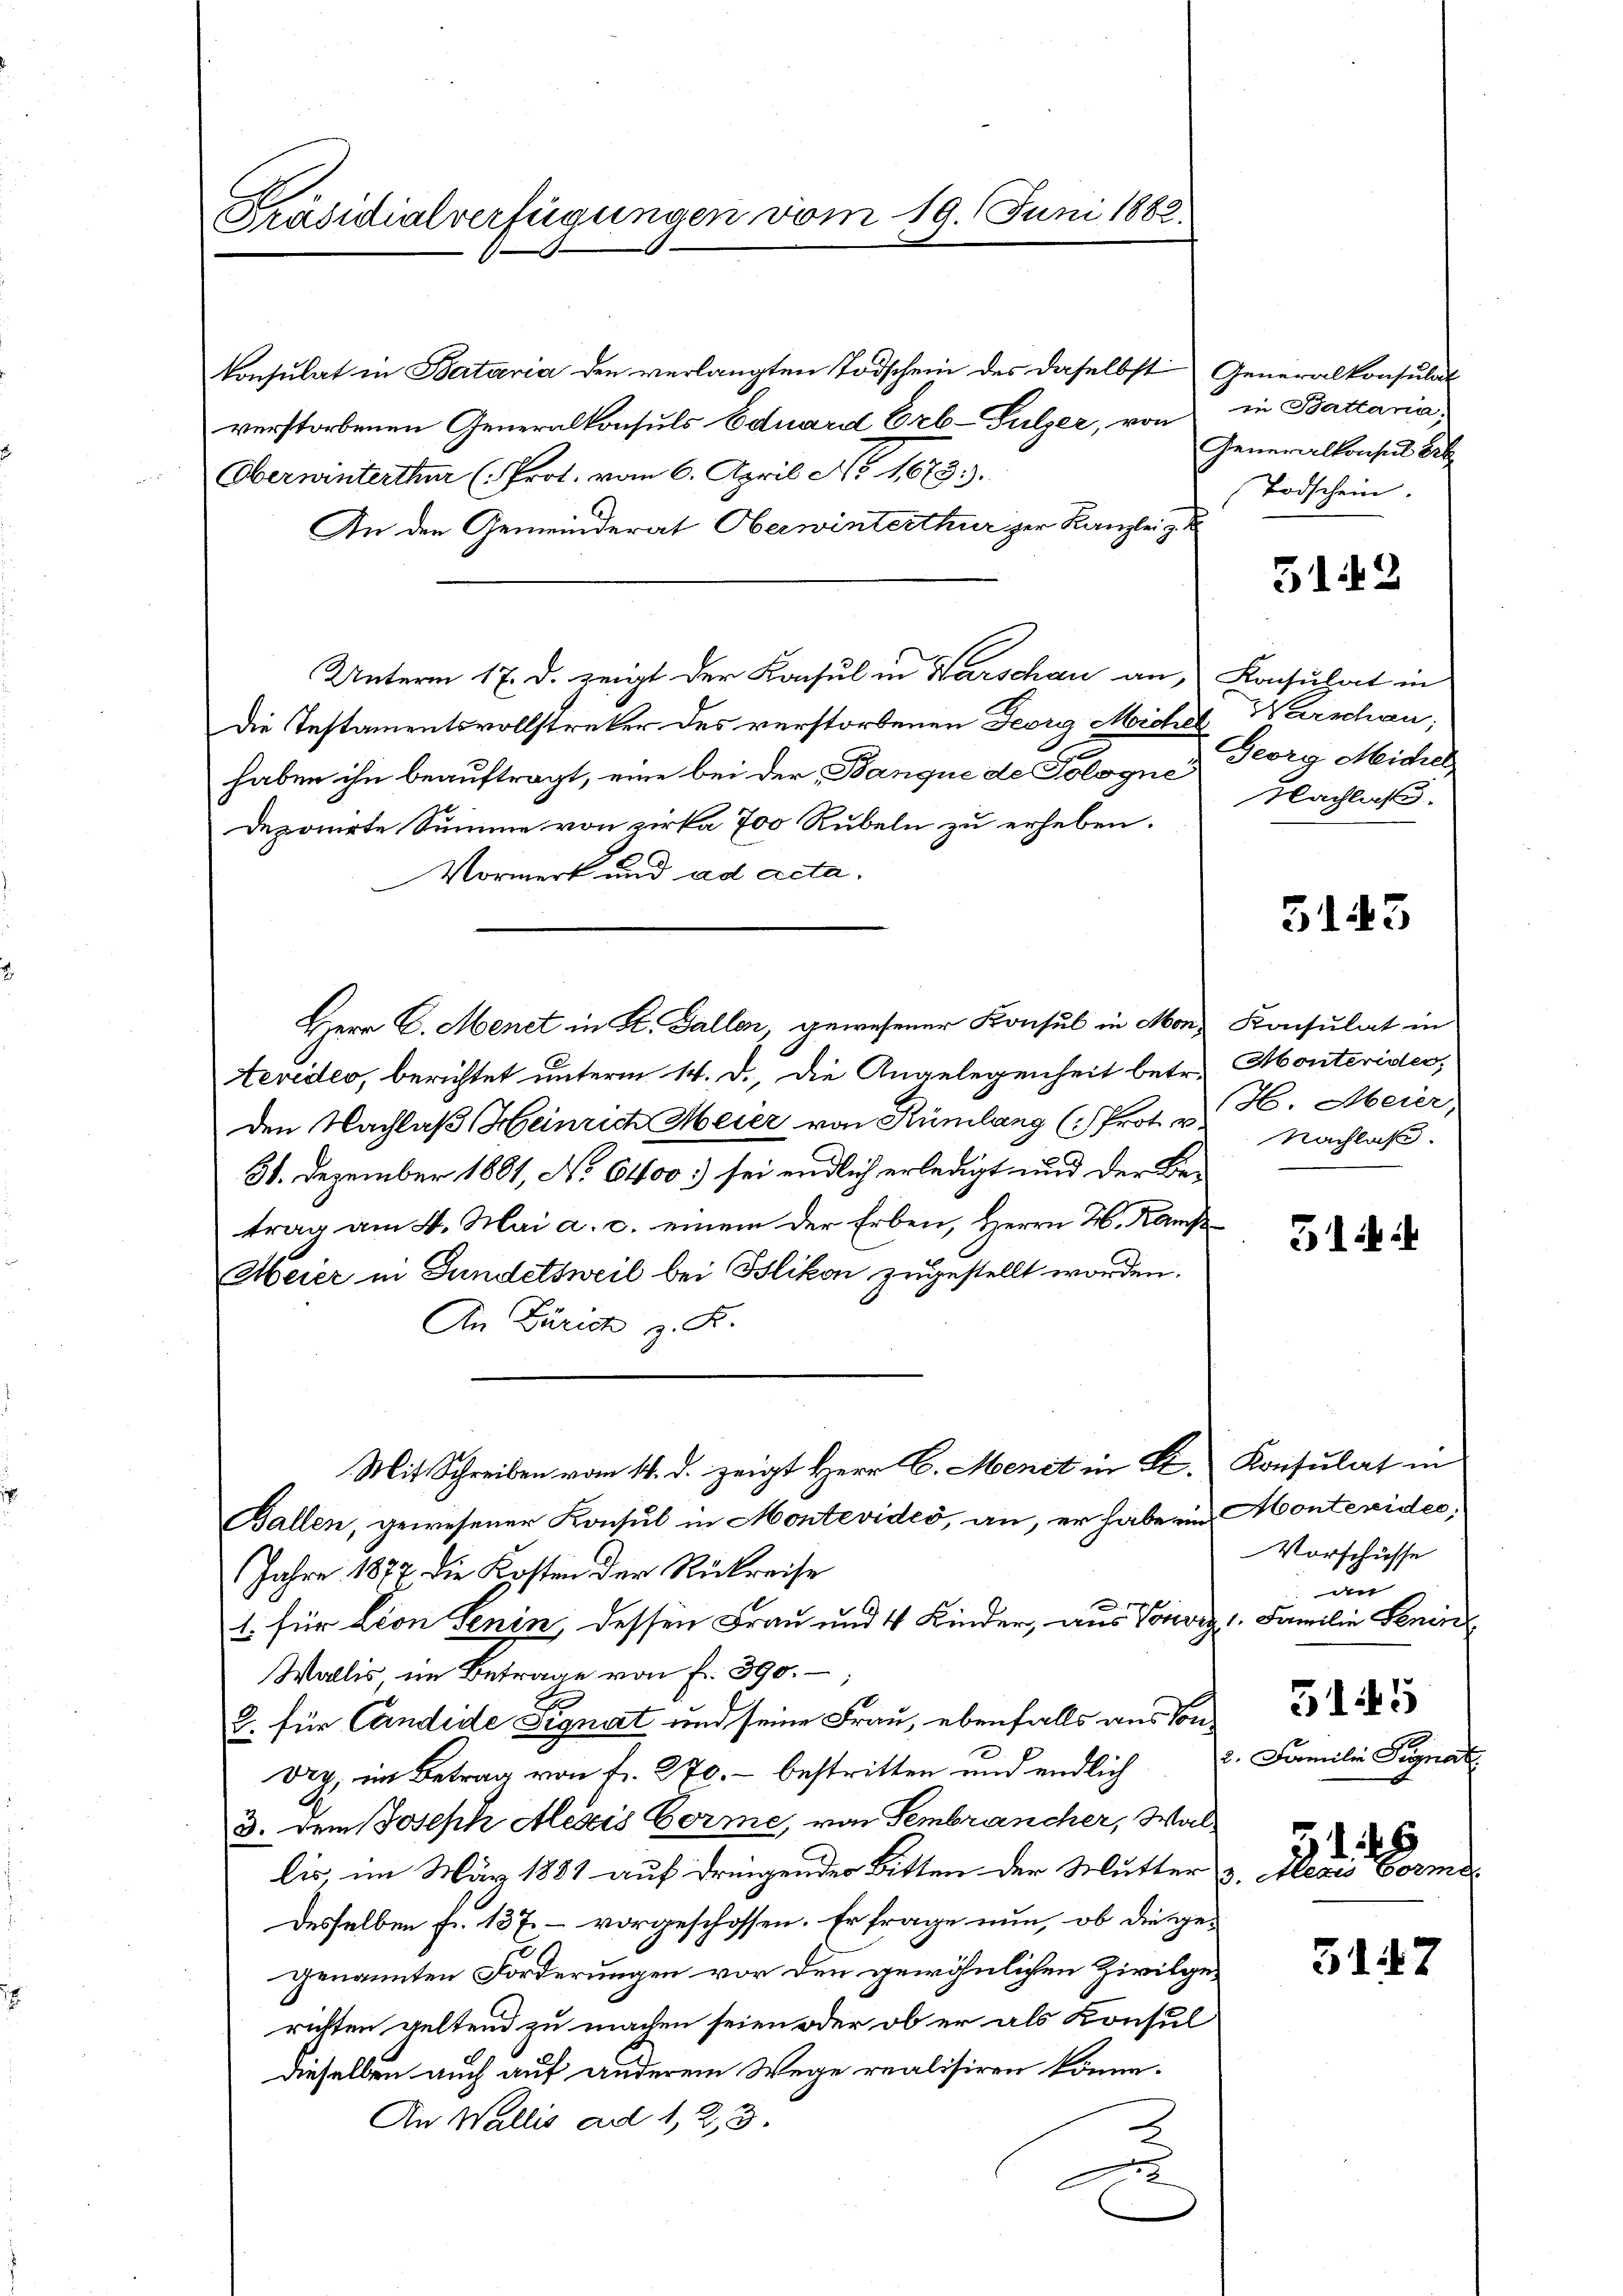
Präsidialverfügungen vom 19. Juni 1883

konsulat in Bataria den verlangten Todschein des daselbst
verstorbenen Generalkonsuls Eduard Erb-Sulzer, von
Oberwinterthur (Prot. vom 6. April No 1,673.
An den Gemeinderat Oberwinterthur zur Kanzlei z
Die Instamentsvollstreker des verstorbenen Georg Michel Warschau,
haben ihn beauftragt, eine bei der Banque de Pologne
Deponirte Summe von zirka 700 Rubeln zu erheben.
Vormerk und ad acta.
Herr C. Menet in St. Gallen, gewesener Konsul in Mor¬
Teredes, berichtet unterm 14. d., die Angelegenheit betr. Monterider,
den Nachlaß Heinrich Meier von Rümlang (: Prot. v.
31. Dezember 1881, No 6400) sei endlich erledigt und der Betrag am 4. Mai a. c. einem der Erben, Herrn H. Kamp
Meier in Gundetsweil bei Blikon zugestellt worden.
An Zürich z. B.
Mit Schreiben vom 14. d. zeigt Herr C. Menet in St.
Ballen, gewesener Konsul in Montevideo, an, er habe ein
Jahre 1877 die Kosten der Rückreise

1. für Lion Senin, dessen Frau und 4 Kinder, aus Voror
Wallis im Betrage von fr. 390.
2. für Candide Signat und seine Frau, ebenfalls aus Son¬
Dry, im Betrag von fr. 270. – bestritten und endlich
3. dem Joseph Alexis Vorme, von Sembrancher, Wai
lis, im März 1881 auf dringender Bitten. Der Mutter
desselben fr. 137 – vorgeschossen. Er frage nun, ob die ge-
genannten Forderungen vor den gewöhnlichen Zivilgerichten geltend zu machen seien oder ob er als Konsul
dieselben auch auf anderem Wege realisiren könne.
An Wallis ad 1, 23.
C

Unterm 17. d. zeigt der Konsul in Warschau an,

Generalkonsulat
in Battani.
Generalkonsul Br
Todschein.

5142

Konsulat in
Georg Michel
Nachlaß.

5143

Konsulat in
H. Meier,
Nachlaß.

51 u. i

Konsulat in
Montesidee.
Vorschüsse
au
1. Familie Senin
345
2. Familie Signat
 d. 25
3. Aegio Forme

3147